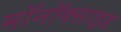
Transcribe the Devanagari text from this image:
मॉनॉक्साइड